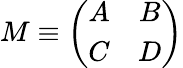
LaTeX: M\equiv\left(\begin{array}{cc}{{A}}&{{B}}\\ {{C}}&{{D}}\end{array}\right)